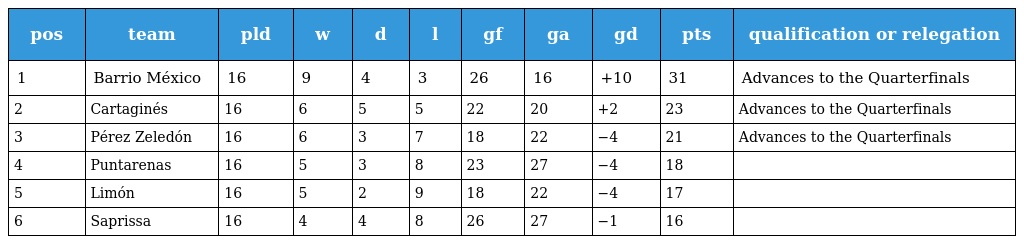
| pos | team | pld | w | d | l | gf | ga | gd | pts | qualification or relegation |
 | --- | --- | --- | --- | --- | --- | --- | --- | --- | --- | --- |
 | 1 | Barrio México | 16 | 9 | 4 | 3 | 26 | 16 | +10 | 31 | Advances to the Quarterfinals |
 | 2 | Cartaginés | 16 | 6 | 5 | 5 | 22 | 20 | +2 | 23 | Advances to the Quarterfinals |
 | 3 | Pérez Zeledón | 16 | 6 | 3 | 7 | 18 | 22 | −4 | 21 | Advances to the Quarterfinals |
 | 4 | Puntarenas | 16 | 5 | 3 | 8 | 23 | 27 | −4 | 18 |  |
 | 5 | Limón | 16 | 5 | 2 | 9 | 18 | 22 | −4 | 17 |  |
 | 6 | Saprissa | 16 | 4 | 4 | 8 | 26 | 27 | −1 | 16 |  |